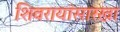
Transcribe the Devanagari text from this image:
शिवरायांसारखा